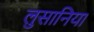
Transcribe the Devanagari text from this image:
लुसानिया